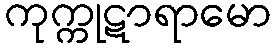
ကုက္ကုဋာရာမော